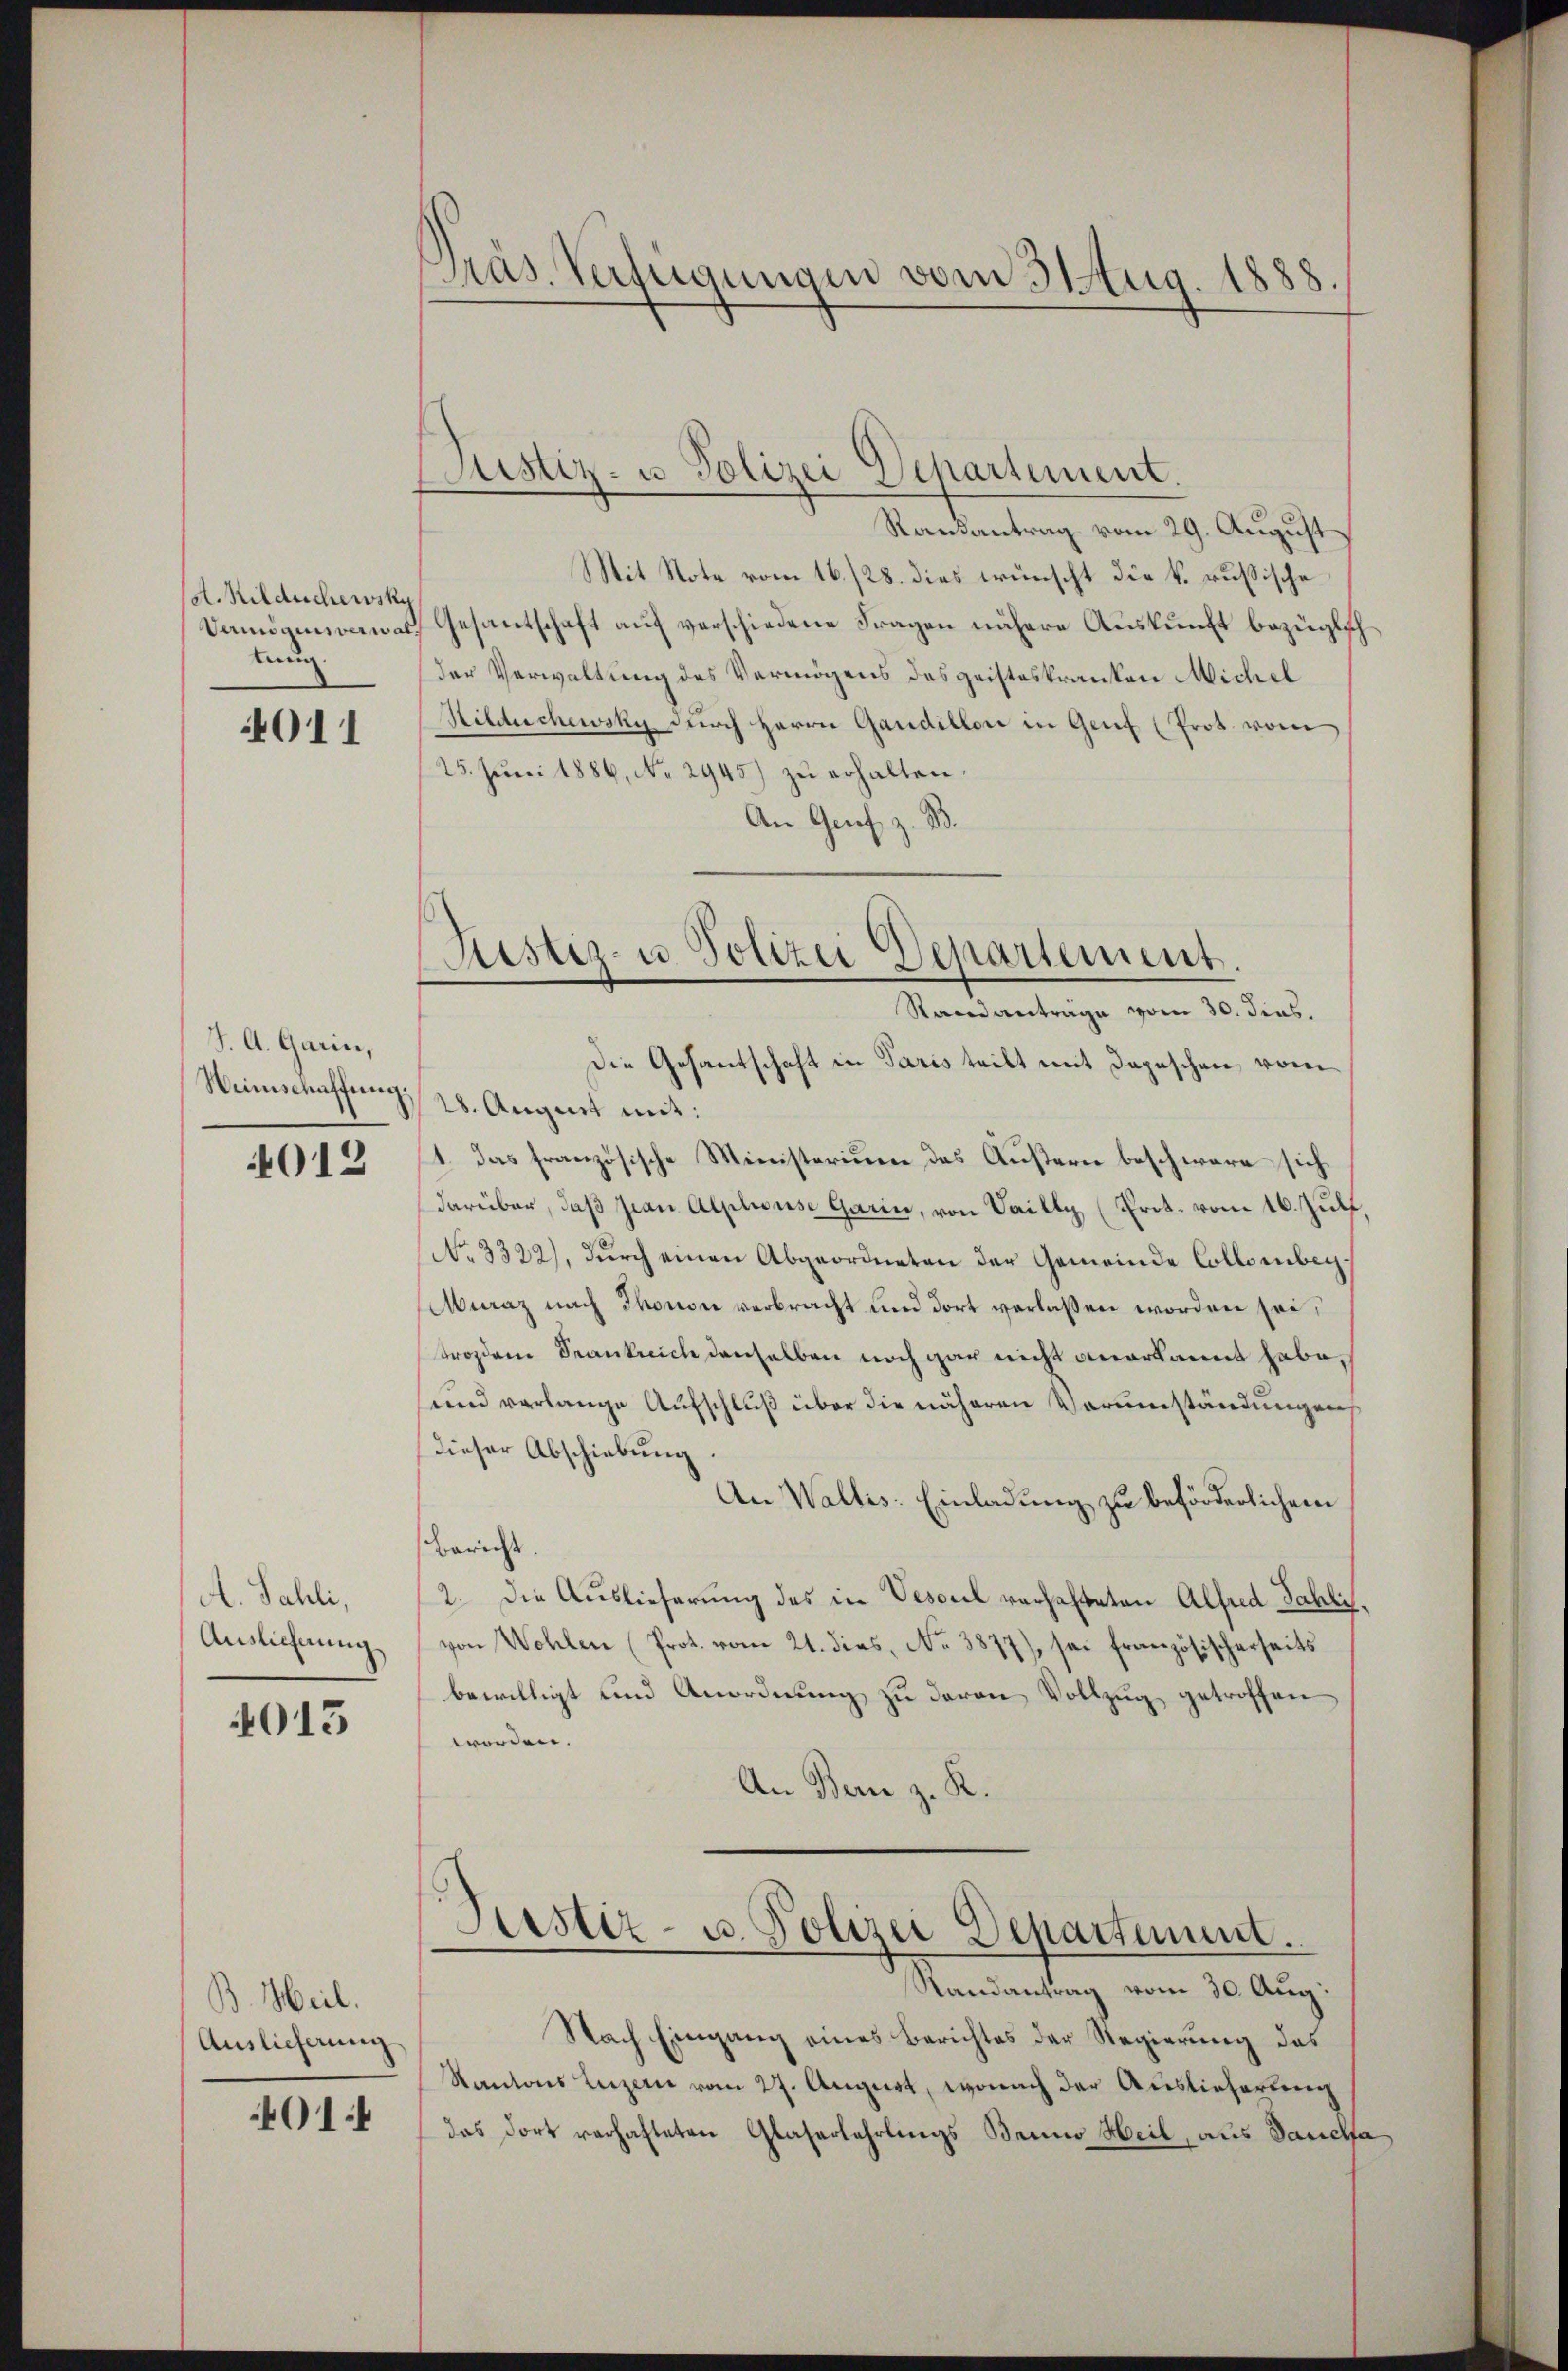
A. Mildischewsky
tung

011

J. A. Garin,
Weinschaffung.

4012

A. Sahli,
Auslieferung
4015

B. Heil.
(Auslieferung
401.

Präs. Verfügungen vom 31 Aug 1888.

Rausantrag vom 29. August
Mit Note vom 16./28. dies wünscht die k. russische
Vandamnawas Gesantschaft auf verschiedene Fragen nähere Auskunft bezüglich
der Verwaltung des Vermögens des geisteskranken Michel
Hildchewsky durch Herrn Gandillon in Genf (Prot. vom
25. Jŭni 1886, No 2945) zŭ erhalten.
An Genf z. B.
Die Gesantschaft in Paris teilt mit Depeschen vom
28. August mit:
1. Das französische Ministerium das Äußern beschwäre sich
darüber, daß jan Alpliouse Garin, von Vailly (Prot. vom 16. Juli,
No. 3322), dŭrch einen Abgeordneten der Gemeinde Collombey¬
Muraz nach Thonon verbracht und dort verlassen worden sei,
Frozdem Krankreich denselben noch gar nicht anerkannt habe,
und verlange Aufschluß über die näheren Vorumständungen
dieser Abschiebung.
An Wallis: Einladung zu beförderlichem
Bericht
2. Die Auslieferung des in Vesouel verhalteten Alfred Sahlivon Wohlen (Prot. vom 21. dies, No. 3877), sei französischerseits
bewilligt und Anordnung zu davon Vollzug getroffen
worden.
An Bern z. R.
Pustiz- u. Polizei Departement.
Randantrag vom 30. Aug.
Nach Eingang eines Berichtes der Regierung des
Kantons Luzern vom 27. August, wonach der Auslieferung
das dort verhafteten Glaserlehrlings Banno Heil, aus Sauchfa

Justiz- u. Polizei Departement.

Rustiz- u Polizei Departement
Standanträge vom 30. dies.